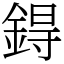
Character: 鍀